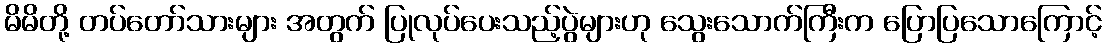
မိမိတို့ တပ်တော်သားများ အတွက် ပြုလုပ်ပေးသည့်ပွဲများဟု သွေးသောက်ကြီးက ပြောပြသောကြောင့်